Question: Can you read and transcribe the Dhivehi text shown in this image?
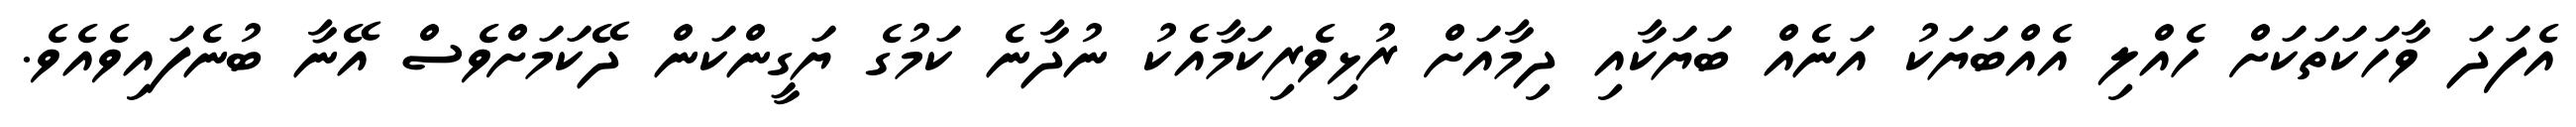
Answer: އެފަދަ ވާހަކަތަކަށް ހެއްލި އެއްބަޔަކު އަނެއް ބަޔަކާއި ދިމާއަށް ރުޅިވެރިކަމާއެކު ނުދާނެ ކަމުގެ ޔަގީންކަން ދޭކަމަށްވެސް އޭނާ ބުނެފައިވެއެވެ.